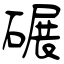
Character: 碾